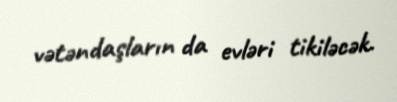
vətəndaşların da evləri tikiləcək.